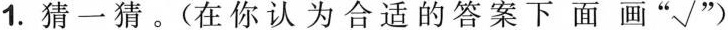
1.猜一猜。(在你认为合适的答案下面画“√"）